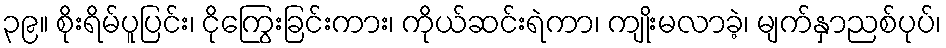
၃၉။ စိုးရိမ်ပူပြင်း၊ ငိုကြွေးခြင်းကား၊ ကိုယ်ဆင်းရဲကာ၊ ကျိုးမလာခဲ့၊ မျက်နှာညစ်ပုပ်၊